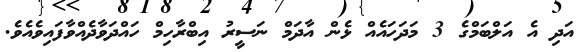
އަދި އެ އަލްބަމްގެ 3 މަދަހައެއް ޅެން އާދަމް ނަސީރު އިބްރާހިމް ހައްދަވާދެއްވާފައިވެއެވެ.